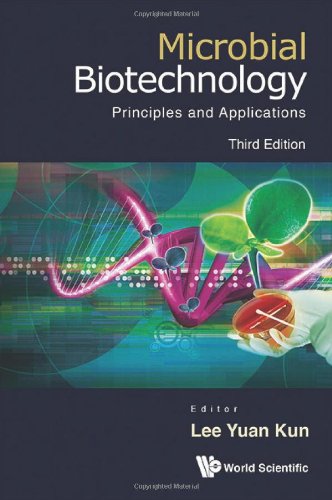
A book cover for Microbial Biotechnology: Microbial Biotechnology (Third Edition); Yuan Kun Lee; Science & Math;